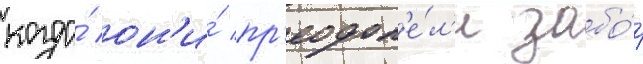
когда́ он'и́ пр'еодол'е́л'и забо́р